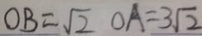
O B = \sqrt { 2 } O A = 3 \sqrt { 2 }